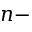
n -